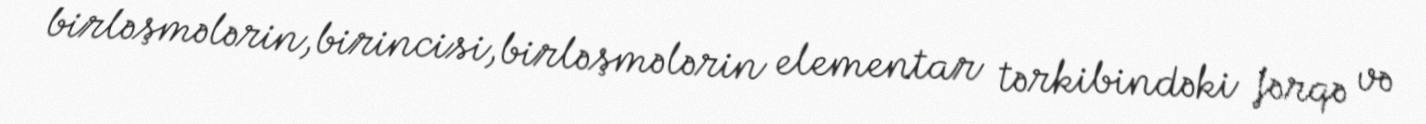
birləşmələrin,birincisi,birləşmələrin elementar tərkibindəki fərqə və